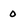
Character: 0